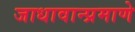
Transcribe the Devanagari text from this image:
जाधावान्प्रमाणे